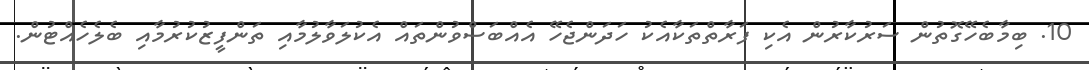
10. ބިމާބެހޭގޮތުން ސަރުކާރުން އެކި ފަރާތްތަކާއެކު ހަދަންޖެހޭ އެއްބަސްވުންތައް އެކުލަވާލުމާއި ތަންފީޒުކުރުމާއި ބެލެހެއްޓުން.